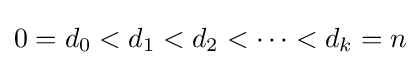
0=d_{0}<d_{1}<d_{2}<\cdots <d_{k}=n